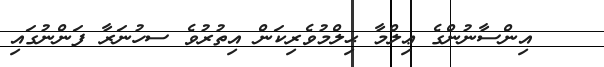
އިންސާނުންގެ ޢިލްމާ ޙިލްމުވެރިކަން އިތުރުވެ ސހުނަރާ ފަންނުގައި